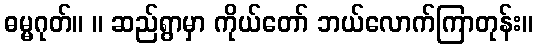
ဓမ္မဂုတ်။ ။ ဆည်ရွာမှာ ကိုယ်တော် ဘယ်လောက်ကြာတုန်း။